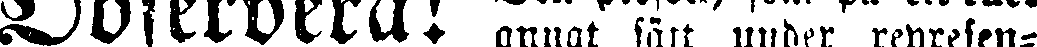
Observera! annat färt uuber represen-